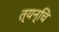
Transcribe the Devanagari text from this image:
त्यन्चि